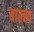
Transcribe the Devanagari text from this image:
बाल्ख